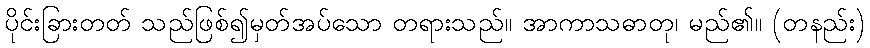
ပိုင်းခြားတတ် သည်ဖြစ်၍မှတ်အပ်သော တရားသည်။ အာကာသဓာတု၊ မည်၏။ (တနည်း)